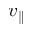
v _ { \parallel }